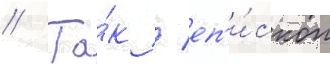
// Та́к / еп'и́скоп